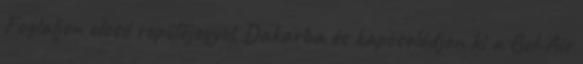
Foglaljon olcsó repülőjegyet Dakarba és kapcsolódjon ki a Bel-Air